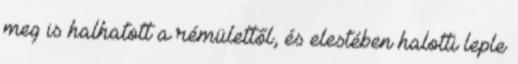
meg is halhatott a rémülettől, és elestében halotti leple